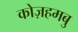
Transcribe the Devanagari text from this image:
कोज़हमबु